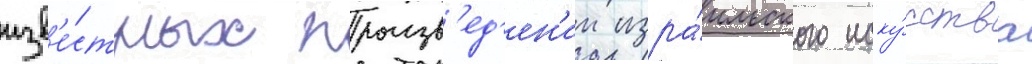
изв'е́стных произв'ед'ен'ии изра́ильского иску́сства